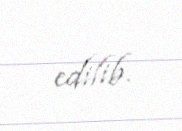
edilib.